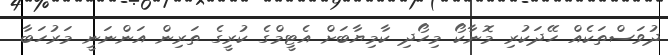
ދުވަސްތަކެއް ހޭދަކުރި މޮނާކޯ މިހޯދި ކާމިޔާބަށް އެޓީމްގެ ކުރީގެ ތަރިން އަންނަނީ މަރުހަބާ